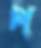
প